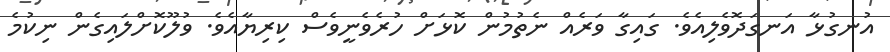
އުނގުޅާ އަނގަދޮވެލިއެވެ. ގައިގާ ވަރެއް ނެތުމުން ކޮޅަށް ހުރެވެނީވެސް ކިރިޔާއެވެ. ވުލޫކޮށްލައިގެން ނިކުމެ